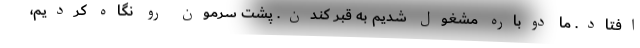
افتاد. ما دوباره مشغول شديم به قبر كندن. پشت سرمون رو نگاه كرديم،